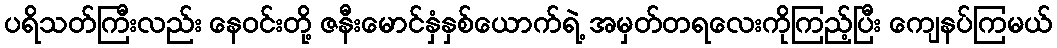
ပရိသတ်ကြီးလည်း နေဝင်းတို့ ဇနီးမောင်နှံနှစ်ယောက်ရဲ့ အမှတ်တရလေးကိုကြည့်ပြီး ကျေနပ်ကြမယ်